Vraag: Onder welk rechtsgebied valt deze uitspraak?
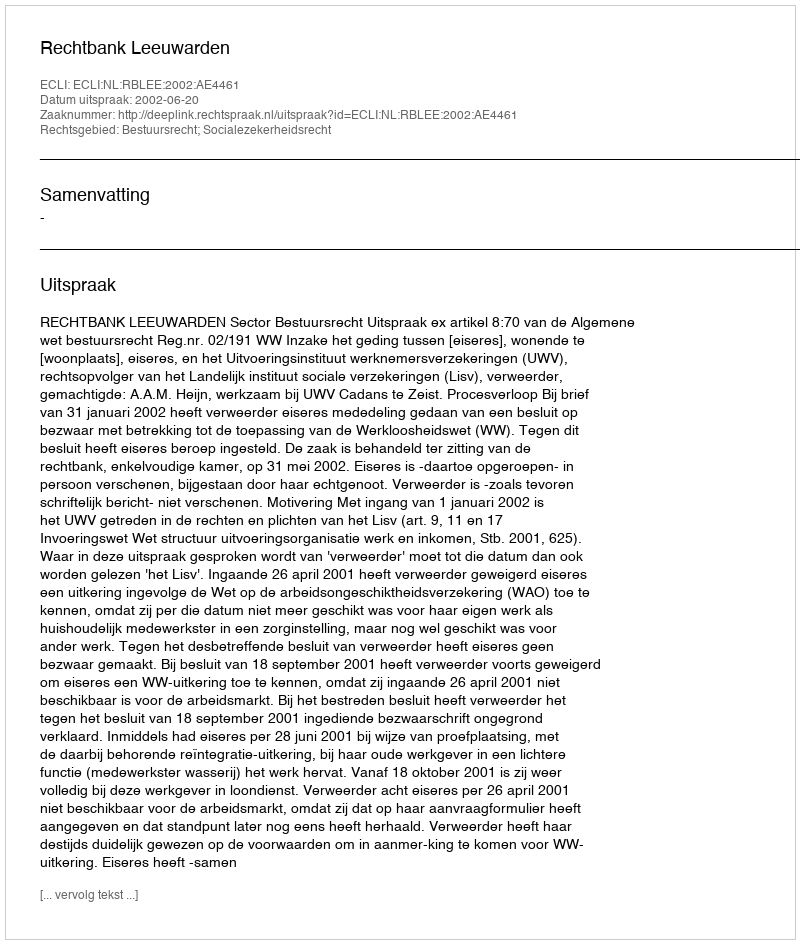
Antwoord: Bestuursrecht; Socialezekerheidsrecht